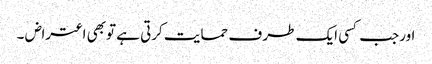
اورجب کسی ایک طر ف حمایت کرتی ہے توبھی اعتراض ۔